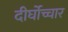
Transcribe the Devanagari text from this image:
दीर्घोच्चार